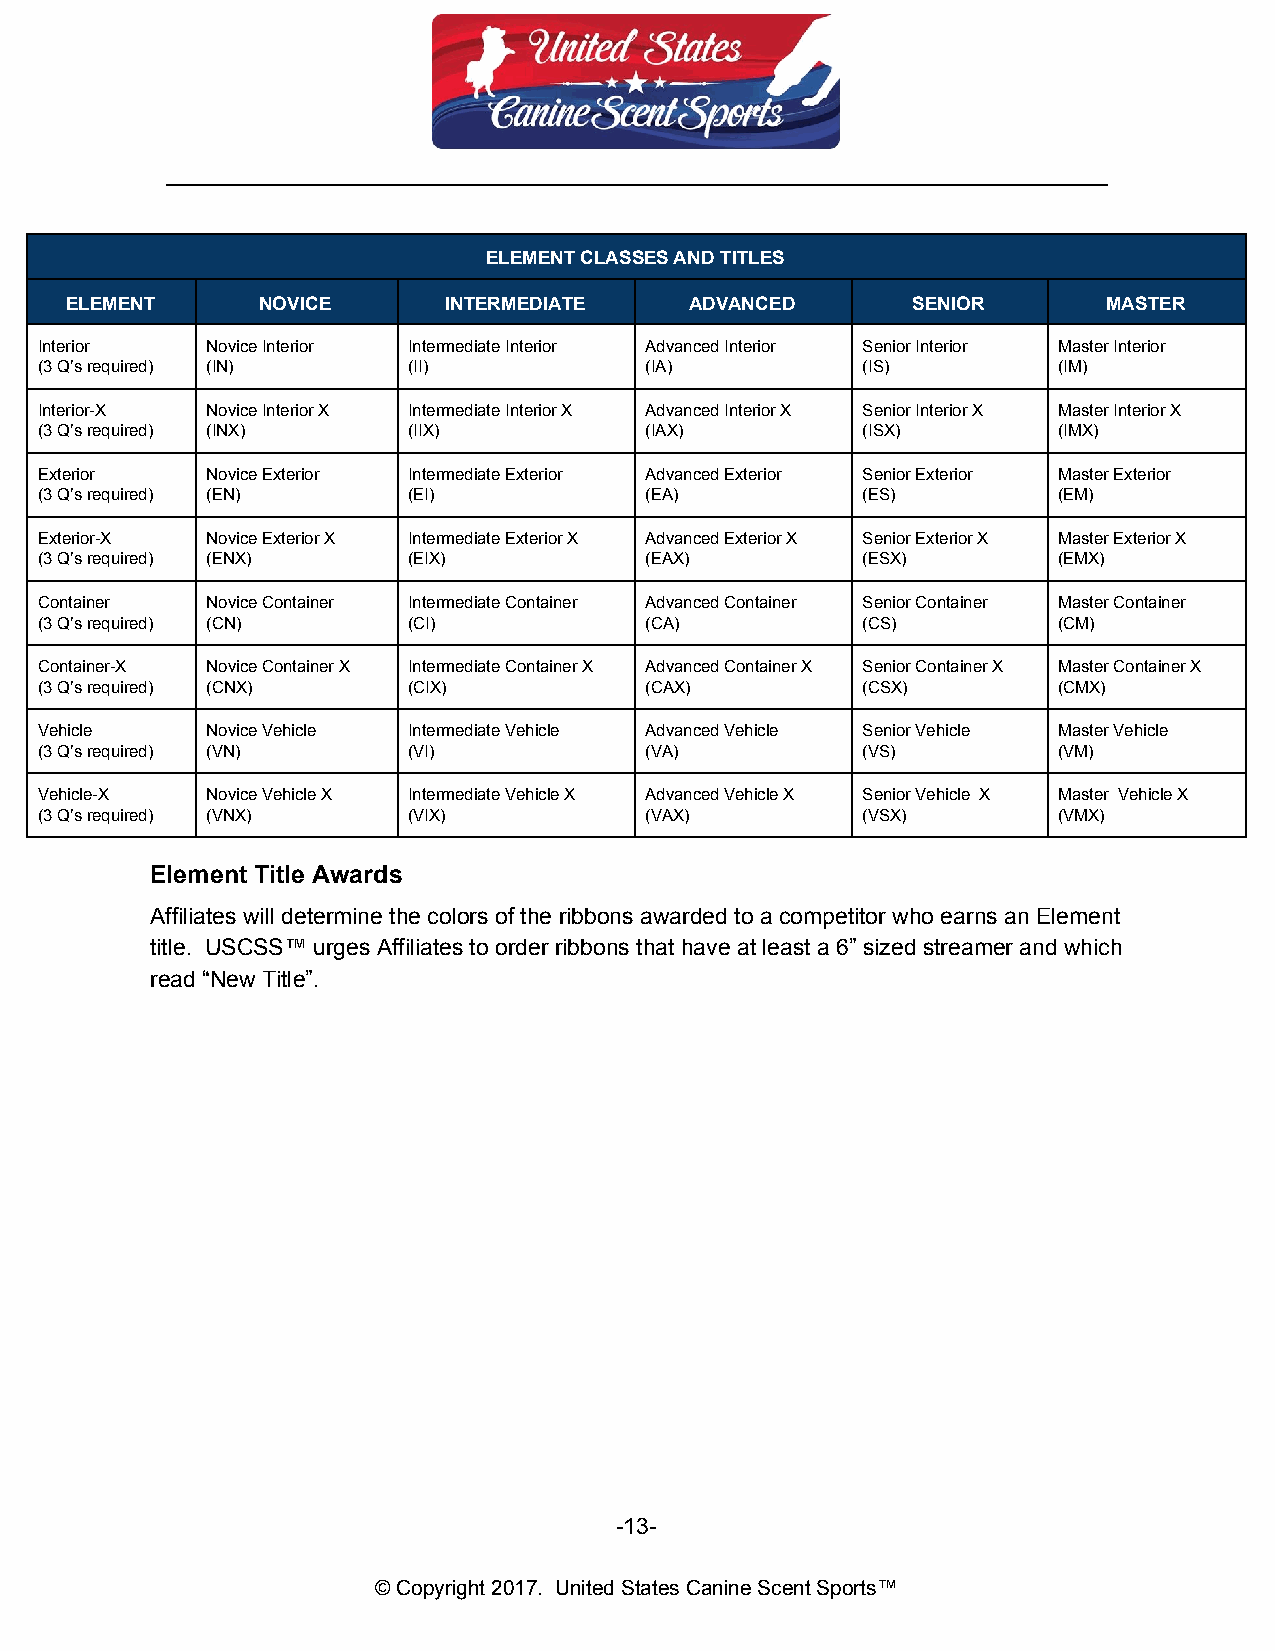
__________________________________________________________________________
 ELEMENT CLASSES AND TITLES
 ELEMENT      NOVICE      INTERMEDIATE     ADVANCED      SENIOR       MASTER
 Interior    Novice Interior Intermediate Interior Advanced Interior Senior Interior Master Interior
 (3 Q’s required) (IN)    (II)            (IA)          (IS)         (IM)
 Interior-X  Novice Interior X Intermediate Interior X Advanced Interior X Senior Interior X Master Interior X
 (3 Q’s required) (INX)   (IIX)           (IAX)         (ISX)        (IMX)
 Exterior    Novice Exterior Intermediate Exterior Advanced Exterior Senior Exterior Master Exterior
 (3 Q’s required) (EN)    (EI)            (EA)          (ES)         (EM)
 Exterior-X  Novice Exterior X Intermediate Exterior X Advanced Exterior X Senior Exterior X Master Exterior X
 (3 Q’s required) (ENX)   (EIX)           (EAX)         (ESX)        (EMX)
 Container   Novice Container Intermediate Container Advanced Container Senior Container Master Container
 (3 Q’s required) (CN)    (CI)            (CA)          (CS)         (CM)
 Container-X Novice Container X Intermediate Container X Advanced Container X Senior Container X Master Container X
 (3 Q’s required) (CNX)   (CIX)           (CAX)         (CSX)        (CMX)
 Vehicle     Novice Vehicle Intermediate Vehicle Advanced Vehicle Senior Vehicle Master Vehicle
 (3 Q’s required) (VN)    (VI)            (VA)          (VS)         (VM)
 Vehicle-X   Novice Vehicle X Intermediate Vehicle X Advanced Vehicle X Senior Vehicle X Master Vehicle X
 (3 Q’s required) (VNX)   (VIX)           (VAX)         (VSX)        (VMX)
 Element Title Awards
 Affiliates will determine the colors of the ribbons awarded to a competitor who earns an Element
 title. USCSS™ urges Affiliates to order ribbons that have at least a 6” sized streamer and which
 read “New Title”.
 -13-
 © Copyright 2017. United States Canine Scent Sports™